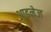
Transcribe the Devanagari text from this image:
आइनेज